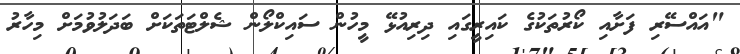
"އައްސޭރި ފަށާއި ކޯރުތަކުގެ ކައިރީގައި ދިރިއުޅޭ މީހުން ސައިކްލޯން ޝެލްޓަތަކަށް ބަދަލުވުމަށް މިހާރު